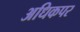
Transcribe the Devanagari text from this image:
अधिकपर